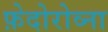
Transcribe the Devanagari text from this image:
फ़ेदोरोव्ना